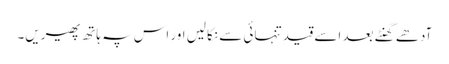
آدھے گھنٹے بعد اسے قیدِ تنہائی سے نکالیں اور اس پہ ہاتھ پھیریں۔